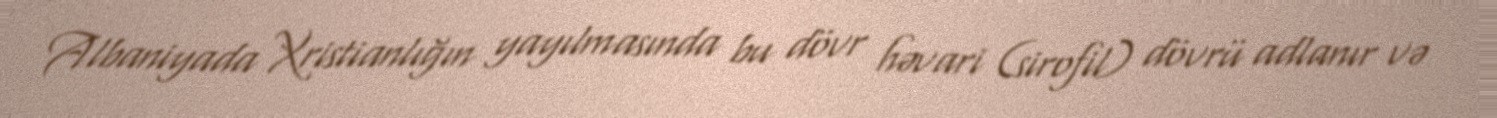
Albaniyada Xristianlığın yayılmasında bu dövr həvari (sirofil) dövrü adlanır və